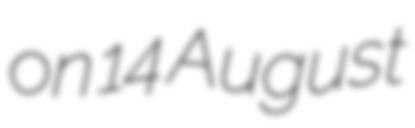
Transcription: on 14 August